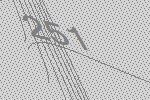
251